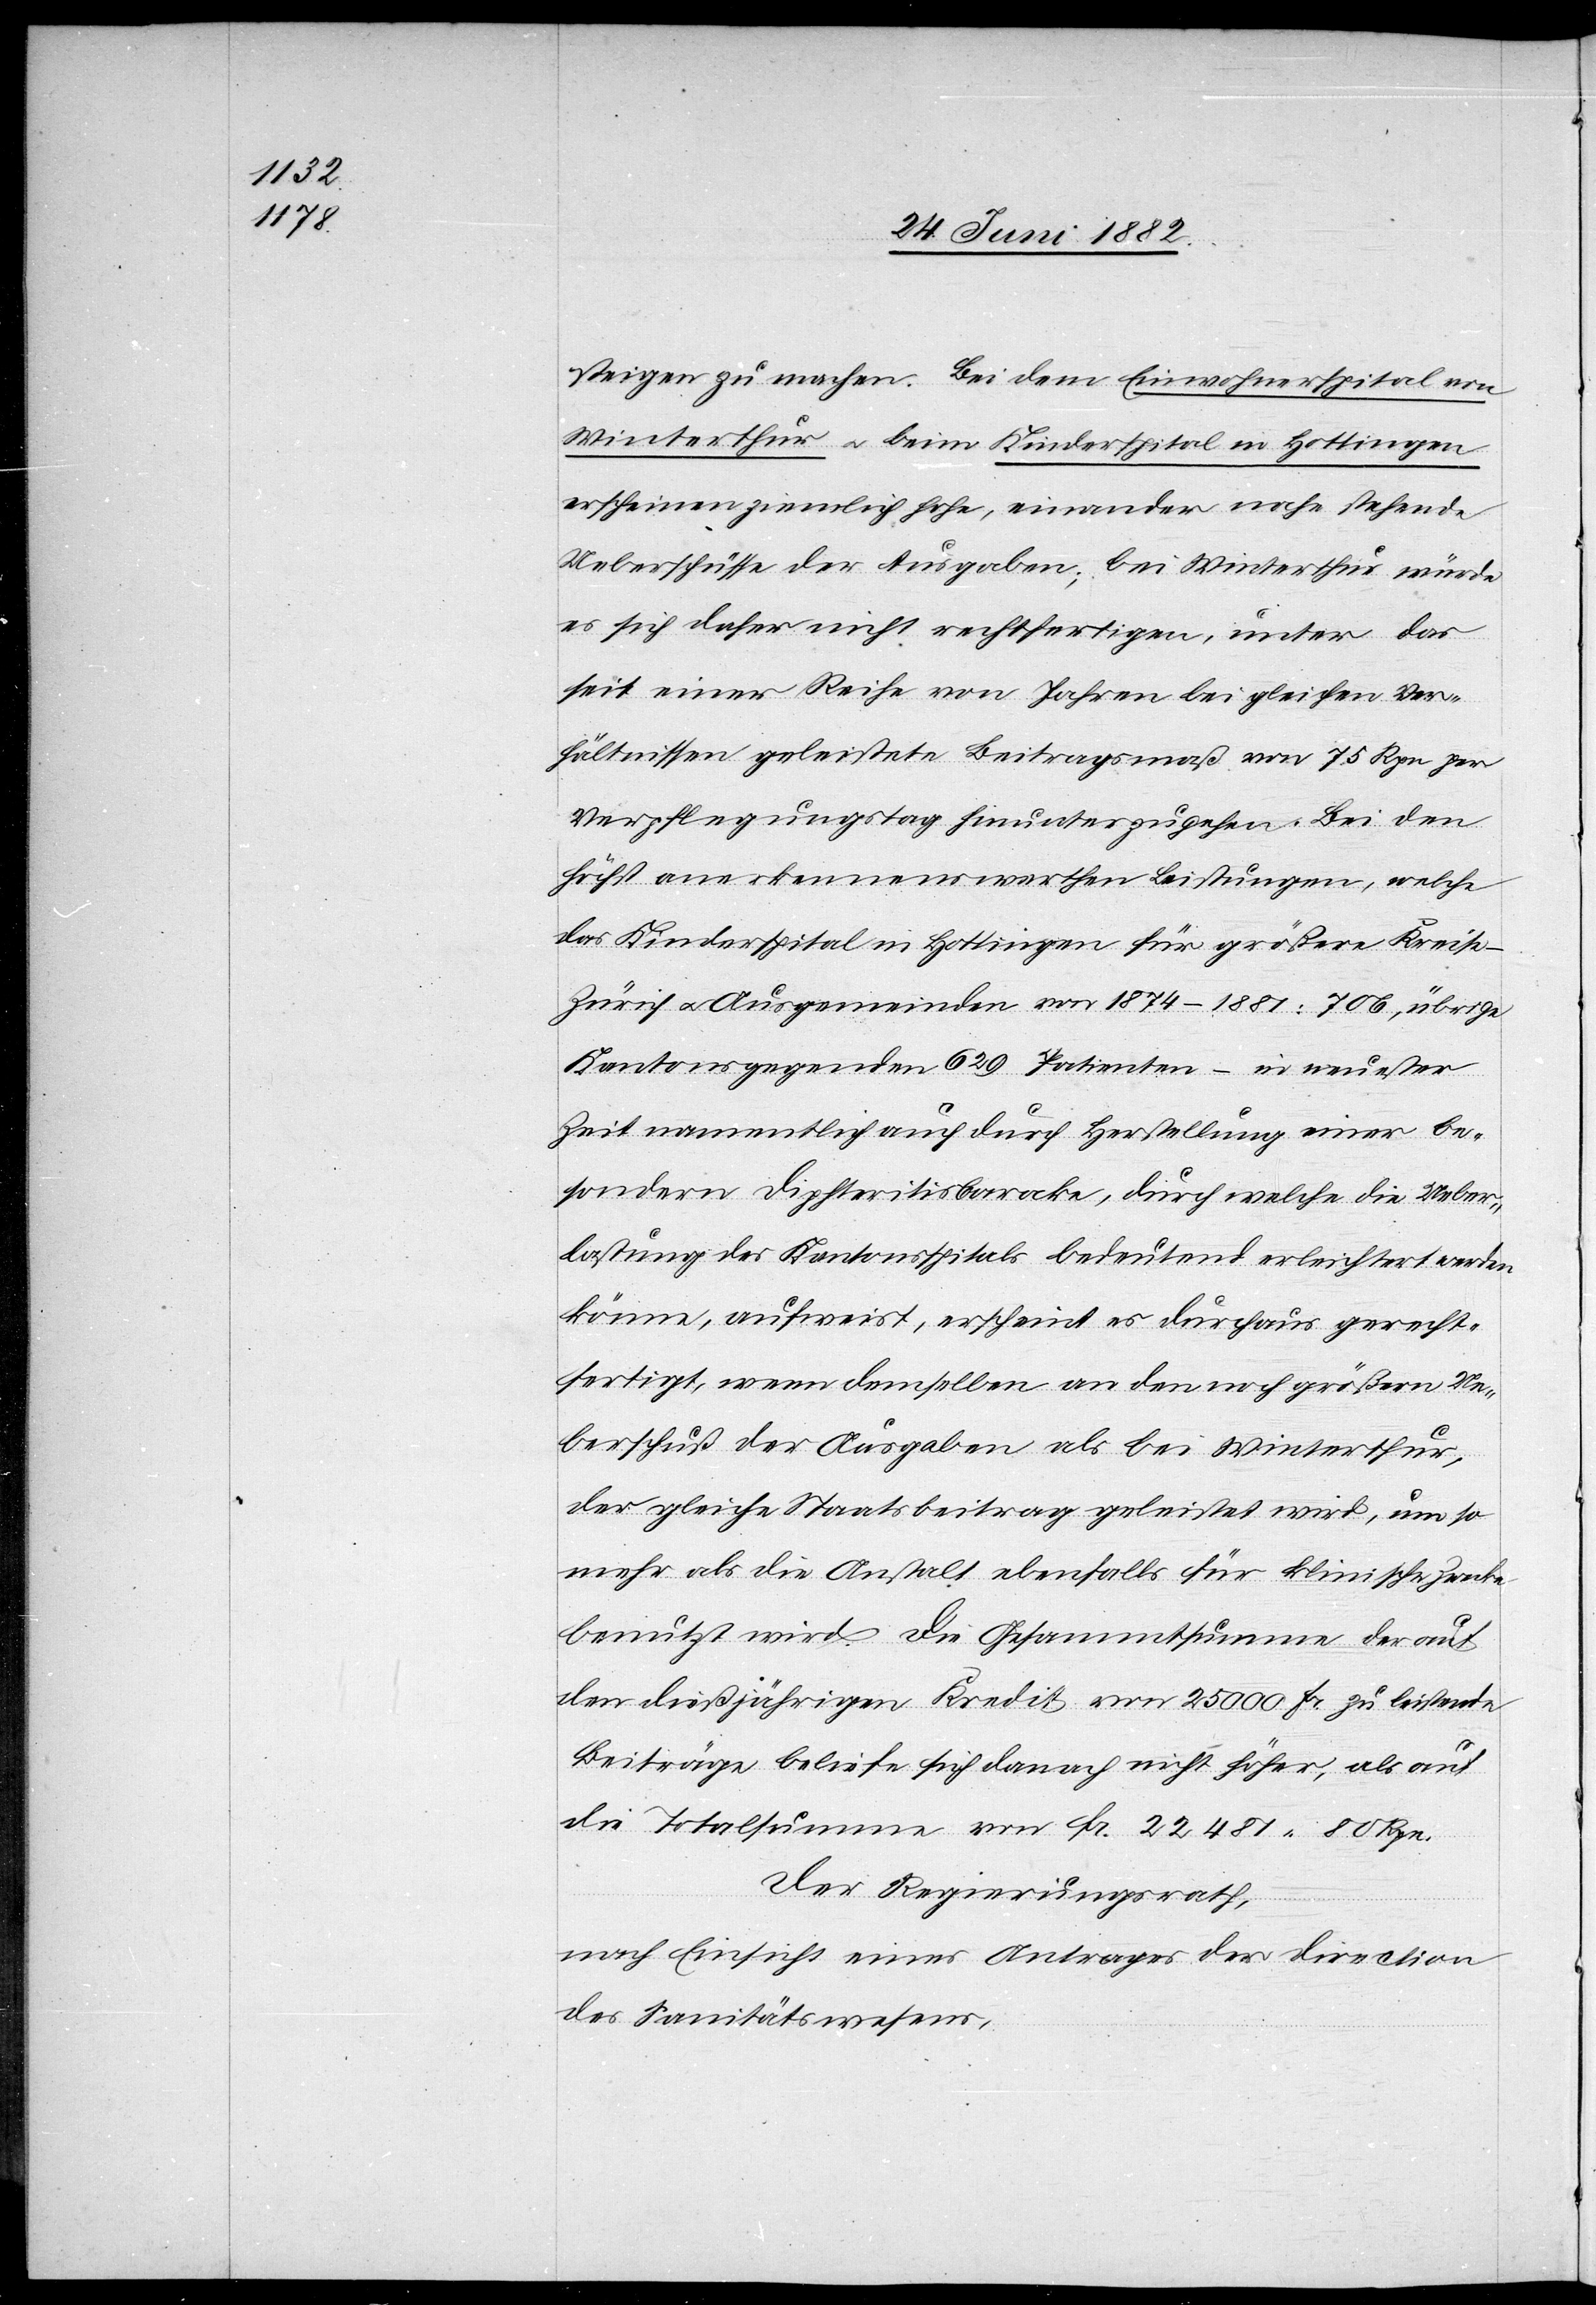
steigen zu machen. Bei dem Einwohnerspital von
Winterthur u. beim Kinderspital in Hottingen
erscheinen ziemlich hohe, einander nahe stehende
Ueberschüsse der Ausgaben; bei Winterthur würde
es sich daher nicht rechtfertigen, unter das
seit einer Reihe von Jahren bei gleichen Ver¬
hältnissen geleistete Beitragsmaß von 75 Rpn. per
Verpflegungstag hinunterzugehen. Bei den
höchst anerkennenswerthen Leistungen, welche
das Kinderspital in Hottingen für größere Kreise
Zürich u. Ausgemeinden von 1874–1881: 706, übrige
Kantonsgegenden 629 Patienten – in neuester
Zeit namentlich auch durch Herstellung einer be¬
sondern Diphteritisbaracke, durch welche die Ueber¬
lastung des Kantonsspitals bedeutend erleichtert werden
könne, aufweist, erscheint es durchaus gerecht¬
fertigt, wenn demselben an den noch größern Ue¬
berschuß der Ausgaben als bei Winterthur,
der gleiche Staatsbeitrag geleistet wird, um so
mehr als die Anstalt ebenfalls für klinische Zwecke
benutzt wird. Die Gesammtsumme der auf
den dießjährigen Kredit von 25 000 Fr. zu leistende[n]
Beiträge beliefe sich danach nicht höher, als auf
die Totalsumme von Fr. 22 481 80 Rpn.
Der Regierungsrath,
nach Einsicht eines Antrages der Direction
des Sanitätswesens,